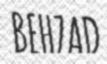
BEHZAD